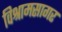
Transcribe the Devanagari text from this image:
विश्रामसागर